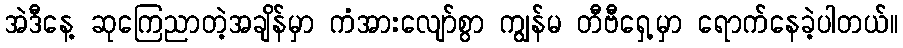
အဲဒီနေ့ ဆုကြေညာတဲ့အချိန်မှာ ကံအားလျော်စွာ ကျွန်မ တီဗီရှေ့မှာ ရောက်နေခဲ့ပါတယ်။